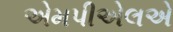
એમપીએલએ